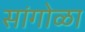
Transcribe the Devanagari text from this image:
सांगोळा